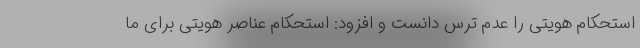
استحکام هویتی را عدم ترس دانست و افزود: استحکام عناصر هویتی برای ما